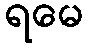
ရမေ